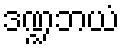
ဒဏ္ဍဘယံ